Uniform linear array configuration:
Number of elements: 12
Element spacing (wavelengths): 0.75
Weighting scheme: hann
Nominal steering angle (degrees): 15
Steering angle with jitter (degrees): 15.661
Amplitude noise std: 0.05
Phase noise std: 0.05

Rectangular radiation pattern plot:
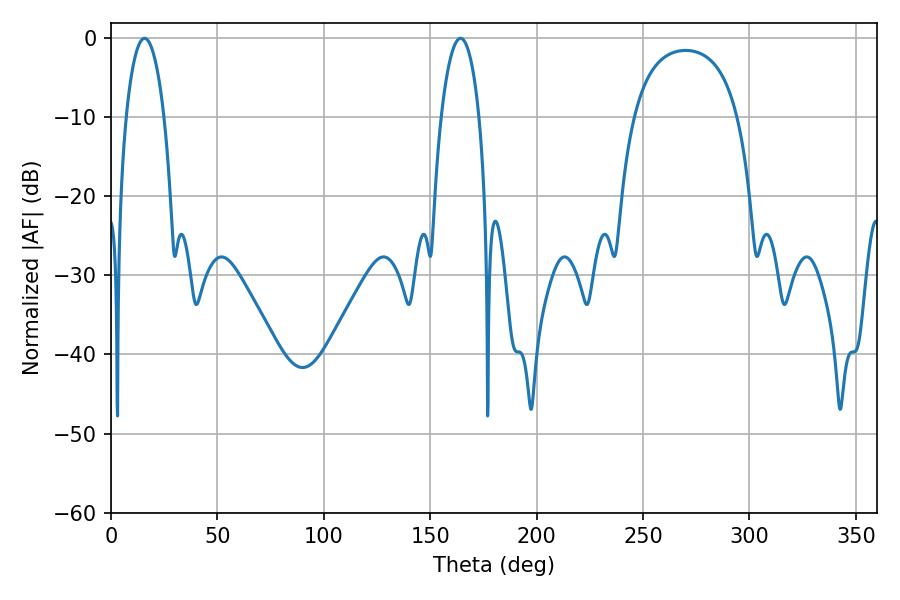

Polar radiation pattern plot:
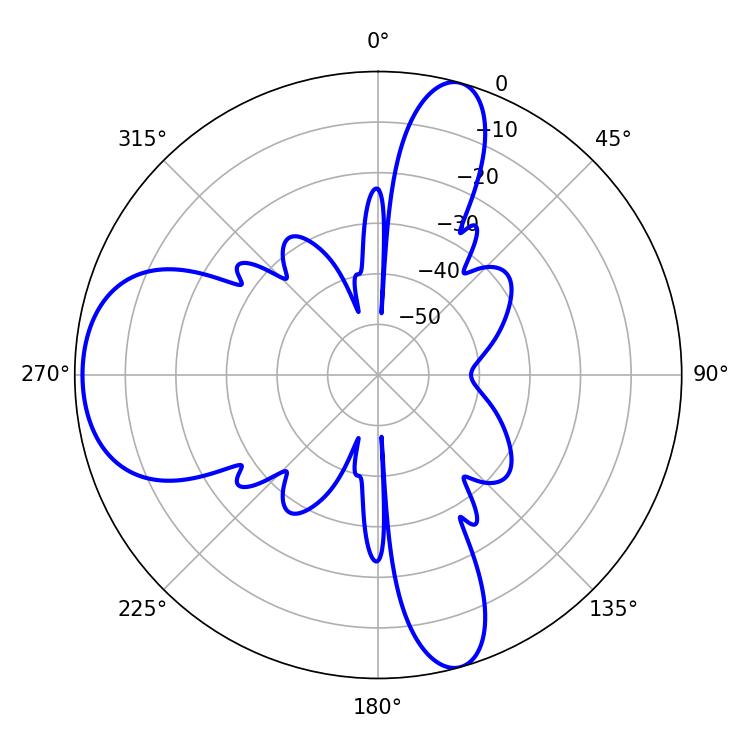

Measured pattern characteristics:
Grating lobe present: TRUE
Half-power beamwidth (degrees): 10.08
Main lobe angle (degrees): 164.16